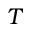
T